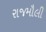
રાજમૌલી